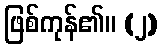
ဖြစ်ကုန်၏။ (၂)